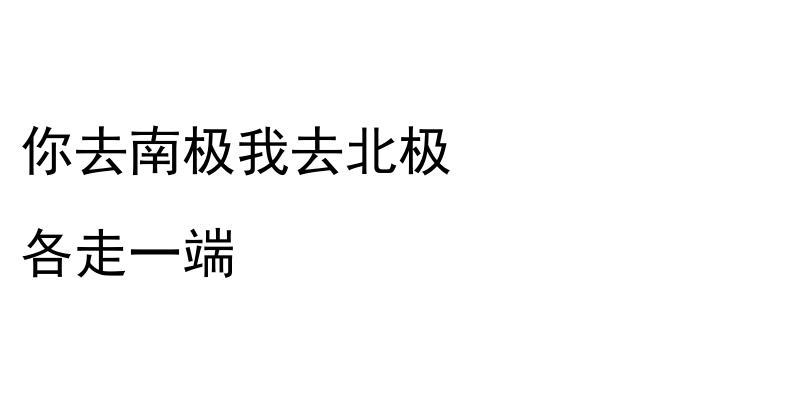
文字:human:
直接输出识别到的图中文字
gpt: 你去南极我去北极 各走一端